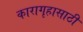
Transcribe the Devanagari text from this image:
कारागृहासाठी